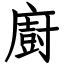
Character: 廚